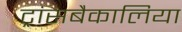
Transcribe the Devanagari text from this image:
ट्रांसबैकालिया